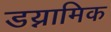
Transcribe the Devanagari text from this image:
डय्नामिक